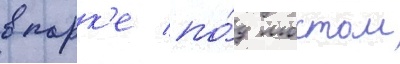
в парк'е по́д мостом